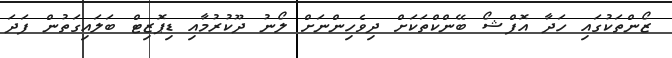
ޒޯންތަކުގައި ހަދާ އޮފްޝޯ ބޭންކްތަކަށް ދިވެހިންނަށް ލޯނު ދޫކުރުމާއި ޑިޕޮޒިޓް ބަލައިގަތުން ފަދަ